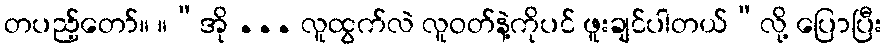
တပည့်တော်။ ။“အို ... လူထွက်လဲ လူဝတ်နဲ့ကိုပင် ဖူးချင်ပါတယ်”လို့ ပြောပြီး